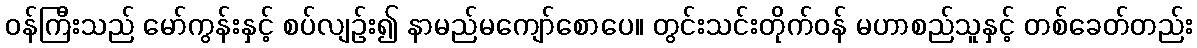
ဝန်ကြီးသည် မော်ကွန်းနှင့် စပ်လျဉ်း၍ နာမည်မကျော်စောပေ။ တွင်းသင်းတိုက်ဝန် မဟာစည်သူနှင့် တစ်ခေတ်တည်း